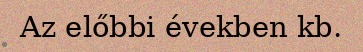
Az előbbi években kb.